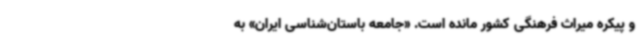
و پیکره میراث فرهنگی کشور مانده است. «جامعه باستان‌شناسی ایران» به